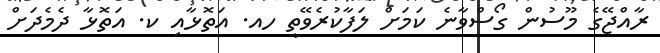
ރާއްޖޭގެ މޫސުން ގޯސްވާނެ ކަމަށް ލަފާކުރެވޭތީ ހއ. އަތޮޅާއި ކ. އަތޮޅާ ދެމެދަށް